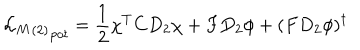
{ { { \cal L } _ { M } } _ { ( 2 ) } } _ { p o t } = \frac { 1 } { 2 } \chi ^ { T } C D _ { 2 } \chi + F D _ { 2 } \phi + ( F D _ { 2 } \phi ) ^ { \dagger }